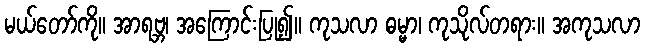
မယ်တော်ကို။ အာရဗ္ဘ၊ အကြောင်းပြု၍။ ကုသလာ ဓမ္မာ၊ ကုသိုလ်တရား။ အကုသလာ